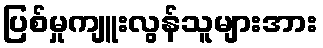
ပြစ်မှုကျူးလွန်သူများအား